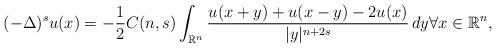
LaTeX: \begin{align*}(-\Delta)^su(x)=-\frac{1}{2}C(n,s)\int_{\mathbb{R}^n}\frac{u(x+y)+u(x-y)-2u(x)}{|y|^{n+2s}}\,dy\forall x\in \mathbb{R}^n,\end{align*}